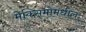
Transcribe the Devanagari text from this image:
मेक्सिमोमधील